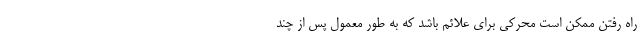
راه رفتن ممکن است محرکی برای علائم باشد که به طور معمول پس از چند